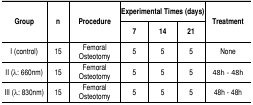
<table><thead><tr><td rowspan="2"><b>Group</b></td><td rowspan="2"><b>n</b></td><td rowspan="2"><b>Procedure</b></td><td colspan="3"><b>Experimental Times (days)</b></td><td rowspan="2"><b>Treatment</b></td></tr><tr><td><b>7</b></td><td><b>14</b></td><td><b>21</b></td></tr></thead><tbody><tr><td> I (control)</td><td> 15</td><td> FemoralOsteotomy</td><td> 5</td><td> 5</td><td> 5</td><td> None</td></tr><tr><td> II(λ: 660nm)</td><td> 15</td><td> FemoralOsteotomy</td><td> 5</td><td> 5</td><td> 5</td><td> 48h - 48h</td></tr><tr><td> III(λ: 830nm)</td><td> 15</td><td> FemoralOsteotomy</td><td> 5</td><td> 5</td><td> 5</td><td> 48h - 48h</td></tr></tbody></table>